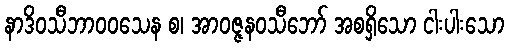
နာဒိဝသီဘာဝဝသေန စ၊ အာဝဇ္ဇနဝသီဘော် အစရှိသော ငါးပါးသော